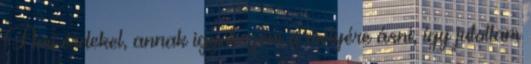
Ami érdekel, annak igyekszem a mélyére ásni, így jutottam